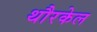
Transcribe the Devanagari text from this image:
थौरकेल